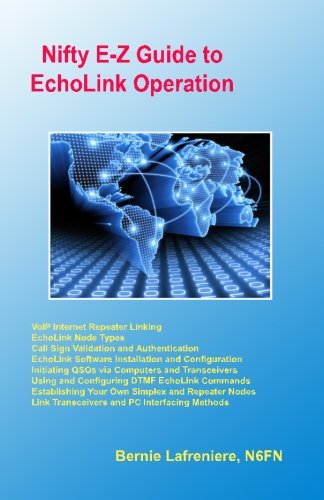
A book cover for Nifty E-Z Guide to EchoLink Operation; Bernie Lafreniere N6FN; Crafts, Hobbies & Home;